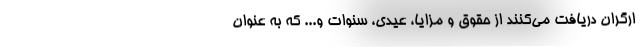
ارگران دريافت مي‌كنند از حقوق و مزايا، عيدي، سنوات و... كه به عنوان